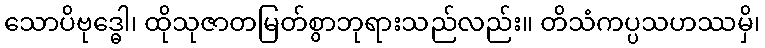
သောပိဗုဒ္ဓေါ၊ ထိုသုဇာတမြတ်စွာဘုရားသည်လည်း။ တိသံကပ္ပသဟဿမှိ၊